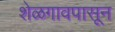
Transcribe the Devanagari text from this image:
शेळगावपासून